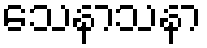
သေနာသနာ